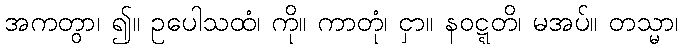
အကတွာ၊ ၍။ ဥပေါသထံ၊ ကို။ ကာတုံ၊ ငှာ။ နဝဋ္ဋတိ၊ မအပ်။ တသ္မာ၊